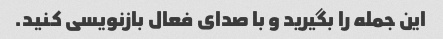
این جمله را بگیرید و با صدای فعال بازنویسی کنید.